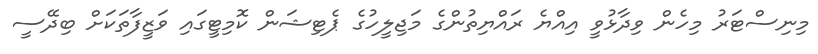
މިނިސްޓަރު މިހެން ވިދާޅުވީ އިއްޔެ ރައްޔިތުންގެ މަޖިލީހުގެ ޕެޓިޝަން ކޮމިޓީގައި ވަޒީފާތަކަށް ބިދޭސީ